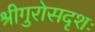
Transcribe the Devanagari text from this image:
श्रीगुरोसदृशः